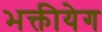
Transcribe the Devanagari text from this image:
भक्तीयेग